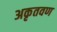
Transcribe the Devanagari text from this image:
अकृतवण